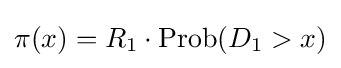
\pi (x)=R_{1}\cdot \operatorname {Prob} (D_{1}>x)